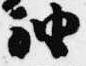
袖